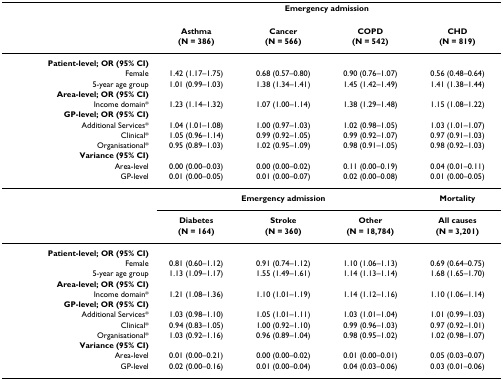
<table><thead><tr><td></td><td colspan="4"><b>Emergency admission</b></td></tr><tr><td></td><td><b>Asthma</b></td><td><b>Cancer</b></td><td><b>COPD</b></td><td><b>CHD</b></td></tr><tr><td></td><td><b>(N = 386)</b></td><td><b>(N = 566)</b></td><td><b>(N = 542)</b></td><td><b>(N = 819)</b></td></tr></thead><tbody><tr><td><b>Patient-level; OR (95% CI)</b></td><td></td><td></td><td></td><td></td></tr><tr><td>Female</td><td>1.42 (1.17–1.75)</td><td>0.68 (0.57–0.80)</td><td>0.90 (0.76–1.07)</td><td>0.56 (0.48–0.64)</td></tr><tr><td>5-year age group</td><td>1.01 (0.99–1.03)</td><td>1.38 (1.34–1.41)</td><td>1.45 (1.42–1.49)</td><td>1.41 (1.38–1.44)</td></tr><tr><td><b>Area-level; OR (95% CI)</b></td><td></td><td></td><td></td><td></td></tr><tr><td>Income domain*</td><td>1.23 (1.14–1.32)</td><td>1.07 (1.00–1.14)</td><td>1.38 (1.29–1.48)</td><td>1.15 (1.08–1.22)</td></tr><tr><td><b>GP-level; OR (95% CI)</b></td><td></td><td></td><td></td><td></td></tr><tr><td>Additional Services*</td><td>1.04 (1.01–1.08)</td><td>1.00 (0.97–1.03)</td><td>1.02 (0.98–1.05)</td><td>1.03 (1.01–1.07)</td></tr><tr><td>Clinical*</td><td>1.05 (0.96–1.14)</td><td>0.99 (0.92–1.05)</td><td>0.99 (0.92–1.07)</td><td>0.97 (0.91–1.03)</td></tr><tr><td>Organisational*</td><td>0.95 (0.89–1.03)</td><td>1.02 (0.95–1.09)</td><td>0.98 (0.91–1.05)</td><td>0.98 (0.92–1.03)</td></tr><tr><td><b>Variance (95% CI)</b></td><td></td><td></td><td></td><td></td></tr><tr><td>Area-level</td><td>0.00 (0.00–0.03)</td><td>0.00 (0.00–0.02)</td><td>0.11 (0.00–0.19)</td><td>0.04 (0.01–0.11)</td></tr><tr><td>GP-level</td><td>0.01 (0.00–0.05)</td><td>0.01 (0.00–0.07)</td><td>0.02 (0.00–0.08)</td><td>0.01 (0.00–0.05)</td></tr><tr><td></td><td colspan="3"><b>Emergency admission</b></td><td><b>Mortality</b></td></tr><tr><td></td><td><b>Diabetes</b></td><td><b>Stroke</b></td><td><b>Other</b></td><td><b>All causes</b></td></tr><tr><td></td><td><b>(N = 164)</b></td><td><b>(N = 360)</b></td><td><b>(N = 18,784)</b></td><td><b>(N = 3,201)</b></td></tr><tr><td><b>Patient-level; OR (95% CI)</b></td><td></td><td></td><td></td><td></td></tr><tr><td>Female</td><td>0.81 (0.60–1.12)</td><td>0.91 (0.74–1.12)</td><td>1.10 (1.06–1.13)</td><td>0.69 (0.64–0.75)</td></tr><tr><td>5-year age group</td><td>1.13 (1.09–1.17)</td><td>1.55 (1.49–1.61)</td><td>1.14 (1.13–1.14)</td><td>1.68 (1.65–1.70)</td></tr><tr><td><b>Area-level; OR (95% CI)</b></td><td></td><td></td><td></td><td></td></tr><tr><td>Income domain*</td><td>1.21 (1.08–1.36)</td><td>1.10 (1.01–1.19)</td><td>1.14 (1.12–1.16)</td><td>1.10 (1.06–1.14)</td></tr><tr><td><b>GP-level; OR (95% CI)</b></td><td></td><td></td><td></td><td></td></tr><tr><td>Additional Services*</td><td>1.03 (0.98–1.10)</td><td>1.05 (1.01–1.11)</td><td>1.03 (1.01–1.04)</td><td>1.01 (0.99–1.03)</td></tr><tr><td>Clinical*</td><td>0.94 (0.83–1.05)</td><td>1.00 (0.92–1.10)</td><td>0.99 (0.96–1.03)</td><td>0.97 (0.92–1.01)</td></tr><tr><td>Organisational*</td><td>1.03 (0.92–1.16)</td><td>0.96 (0.89–1.04)</td><td>0.98 (0.95–1.02)</td><td>1.02 (0.98–1.07)</td></tr><tr><td><b>Variance (95% CI)</b></td><td></td><td></td><td></td><td></td></tr><tr><td>Area-level</td><td>0.01 (0.00–0.21)</td><td>0.00 (0.00–0.02)</td><td>0.01 (0.00–0.01)</td><td>0.05 (0.03–0.07)</td></tr><tr><td>GP-level</td><td>0.02 (0.00–0.16)</td><td>0.01 (0.00–0.04)</td><td>0.04 (0.03–0.06)</td><td>0.03 (0.01–0.06)</td></tr></tbody></table>